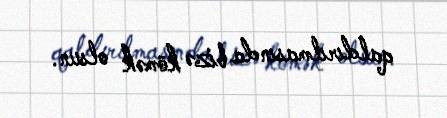
qaldırılmasında bizə kömək olsun.